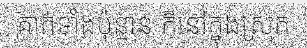
គាត់ទាំងប៉ុន្មាន ក៏នៅក្នុងស្រុក